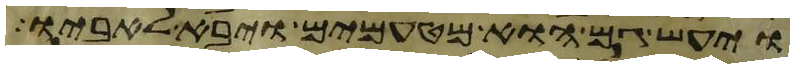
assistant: ויעש גם הוא מטעמים ויבא לאביו